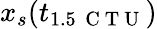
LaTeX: x_{s}(t_{1.5\, \mathrm{~C~T~U~}})